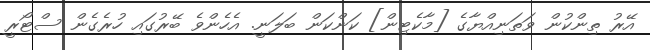
އޭރު ތިންކުން ވަތަނިއްޔާގެ [މާކެޓިން] ކަންކަން ބަލަނީ. އެހެންވެ ބޭރުގައި ހުރެގެން ސްޓޯރީ